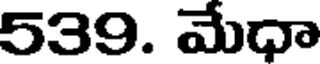
539. మేధా